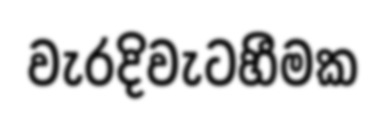
වැරදිවැටහීමක